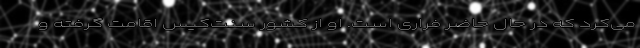
می‌کرد که در حال حاضر فراری است. او از کشور سنت‌کیس اقامت گرفته و